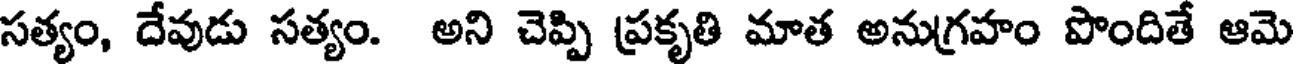
సత్యం, దేవుడు సత్యం. అని చెప్పి ప్రకృతి మాత అనుగ్రహం పొందితే ఆమె